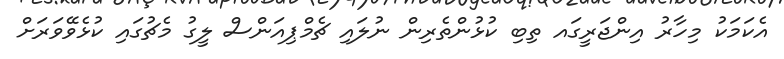
އެކަމަކު މިހާރު އިންޖަރީގައ ތިބި ކުޅުންތެރިން ނުލައި ޗެމްޕިއަންސް ލީގު މެޗުގައި ކުޅެވޭވަރަށް